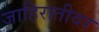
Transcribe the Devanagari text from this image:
जाहिरातीवर